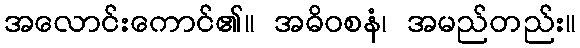
အလောင်းကောင်၏။ အဓိဝစနံ၊ အမည်တည်း။